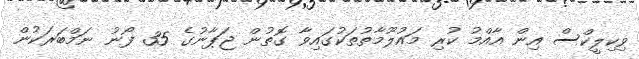
ވިކިލީކްސް އިން އާއްމު ކުރި މައުލޫމާތުތަކުގައިވާ ގޮތުން ޖަޕާނުގެ 35 ފޯނު ނަމްބަރަކުން